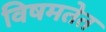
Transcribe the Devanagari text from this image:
विषमतेत